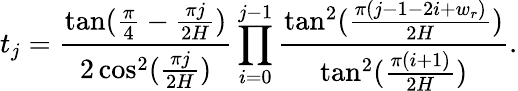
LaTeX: t_{j}=\frac{\tan(\frac{\pi}{4}-\frac{\pi j}{2H})}{2\cos^{2}(\frac{\pi j}{2H})}\prod_{i=0}^{j-1}\frac{\tan^{2}(\frac{\pi(j-1-2i+w_{r})}{2H})}{\tan^{2}(\frac{\pi(i+1)}{2H})}.